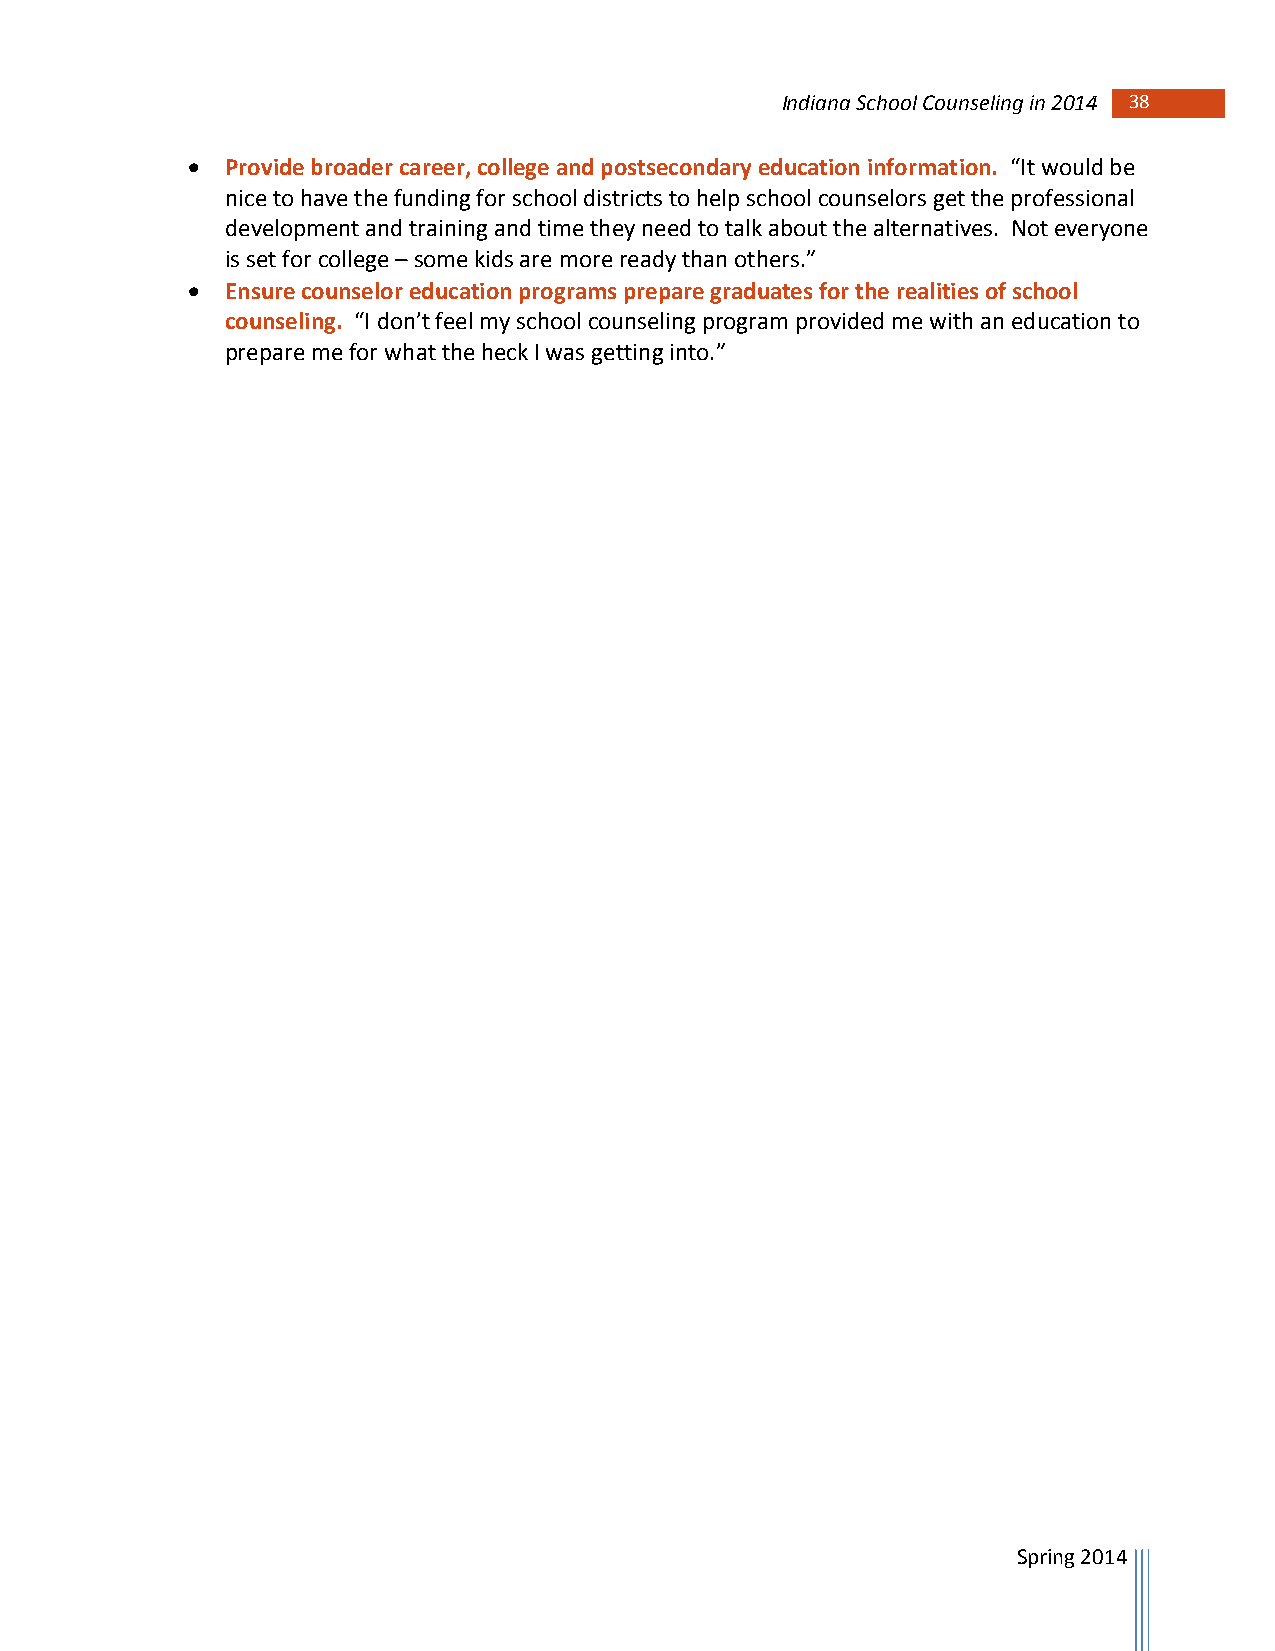
Indiana School Counseling in 2014 38
   Provide broader career, college and postsecondary education information. “It would be
 nice to have the funding for school districts to help school counselors get the professional
 development and training and time they need to talk about the alternatives. Not everyone
 is set for college – some kids are more ready than others.”
   Ensure counselor education programs prepare graduates for the realities of school
 counseling. “I don’t feel my school counseling program provided me with an education to
 prepare me for what the heck I was getting into.”
 Spring 2014